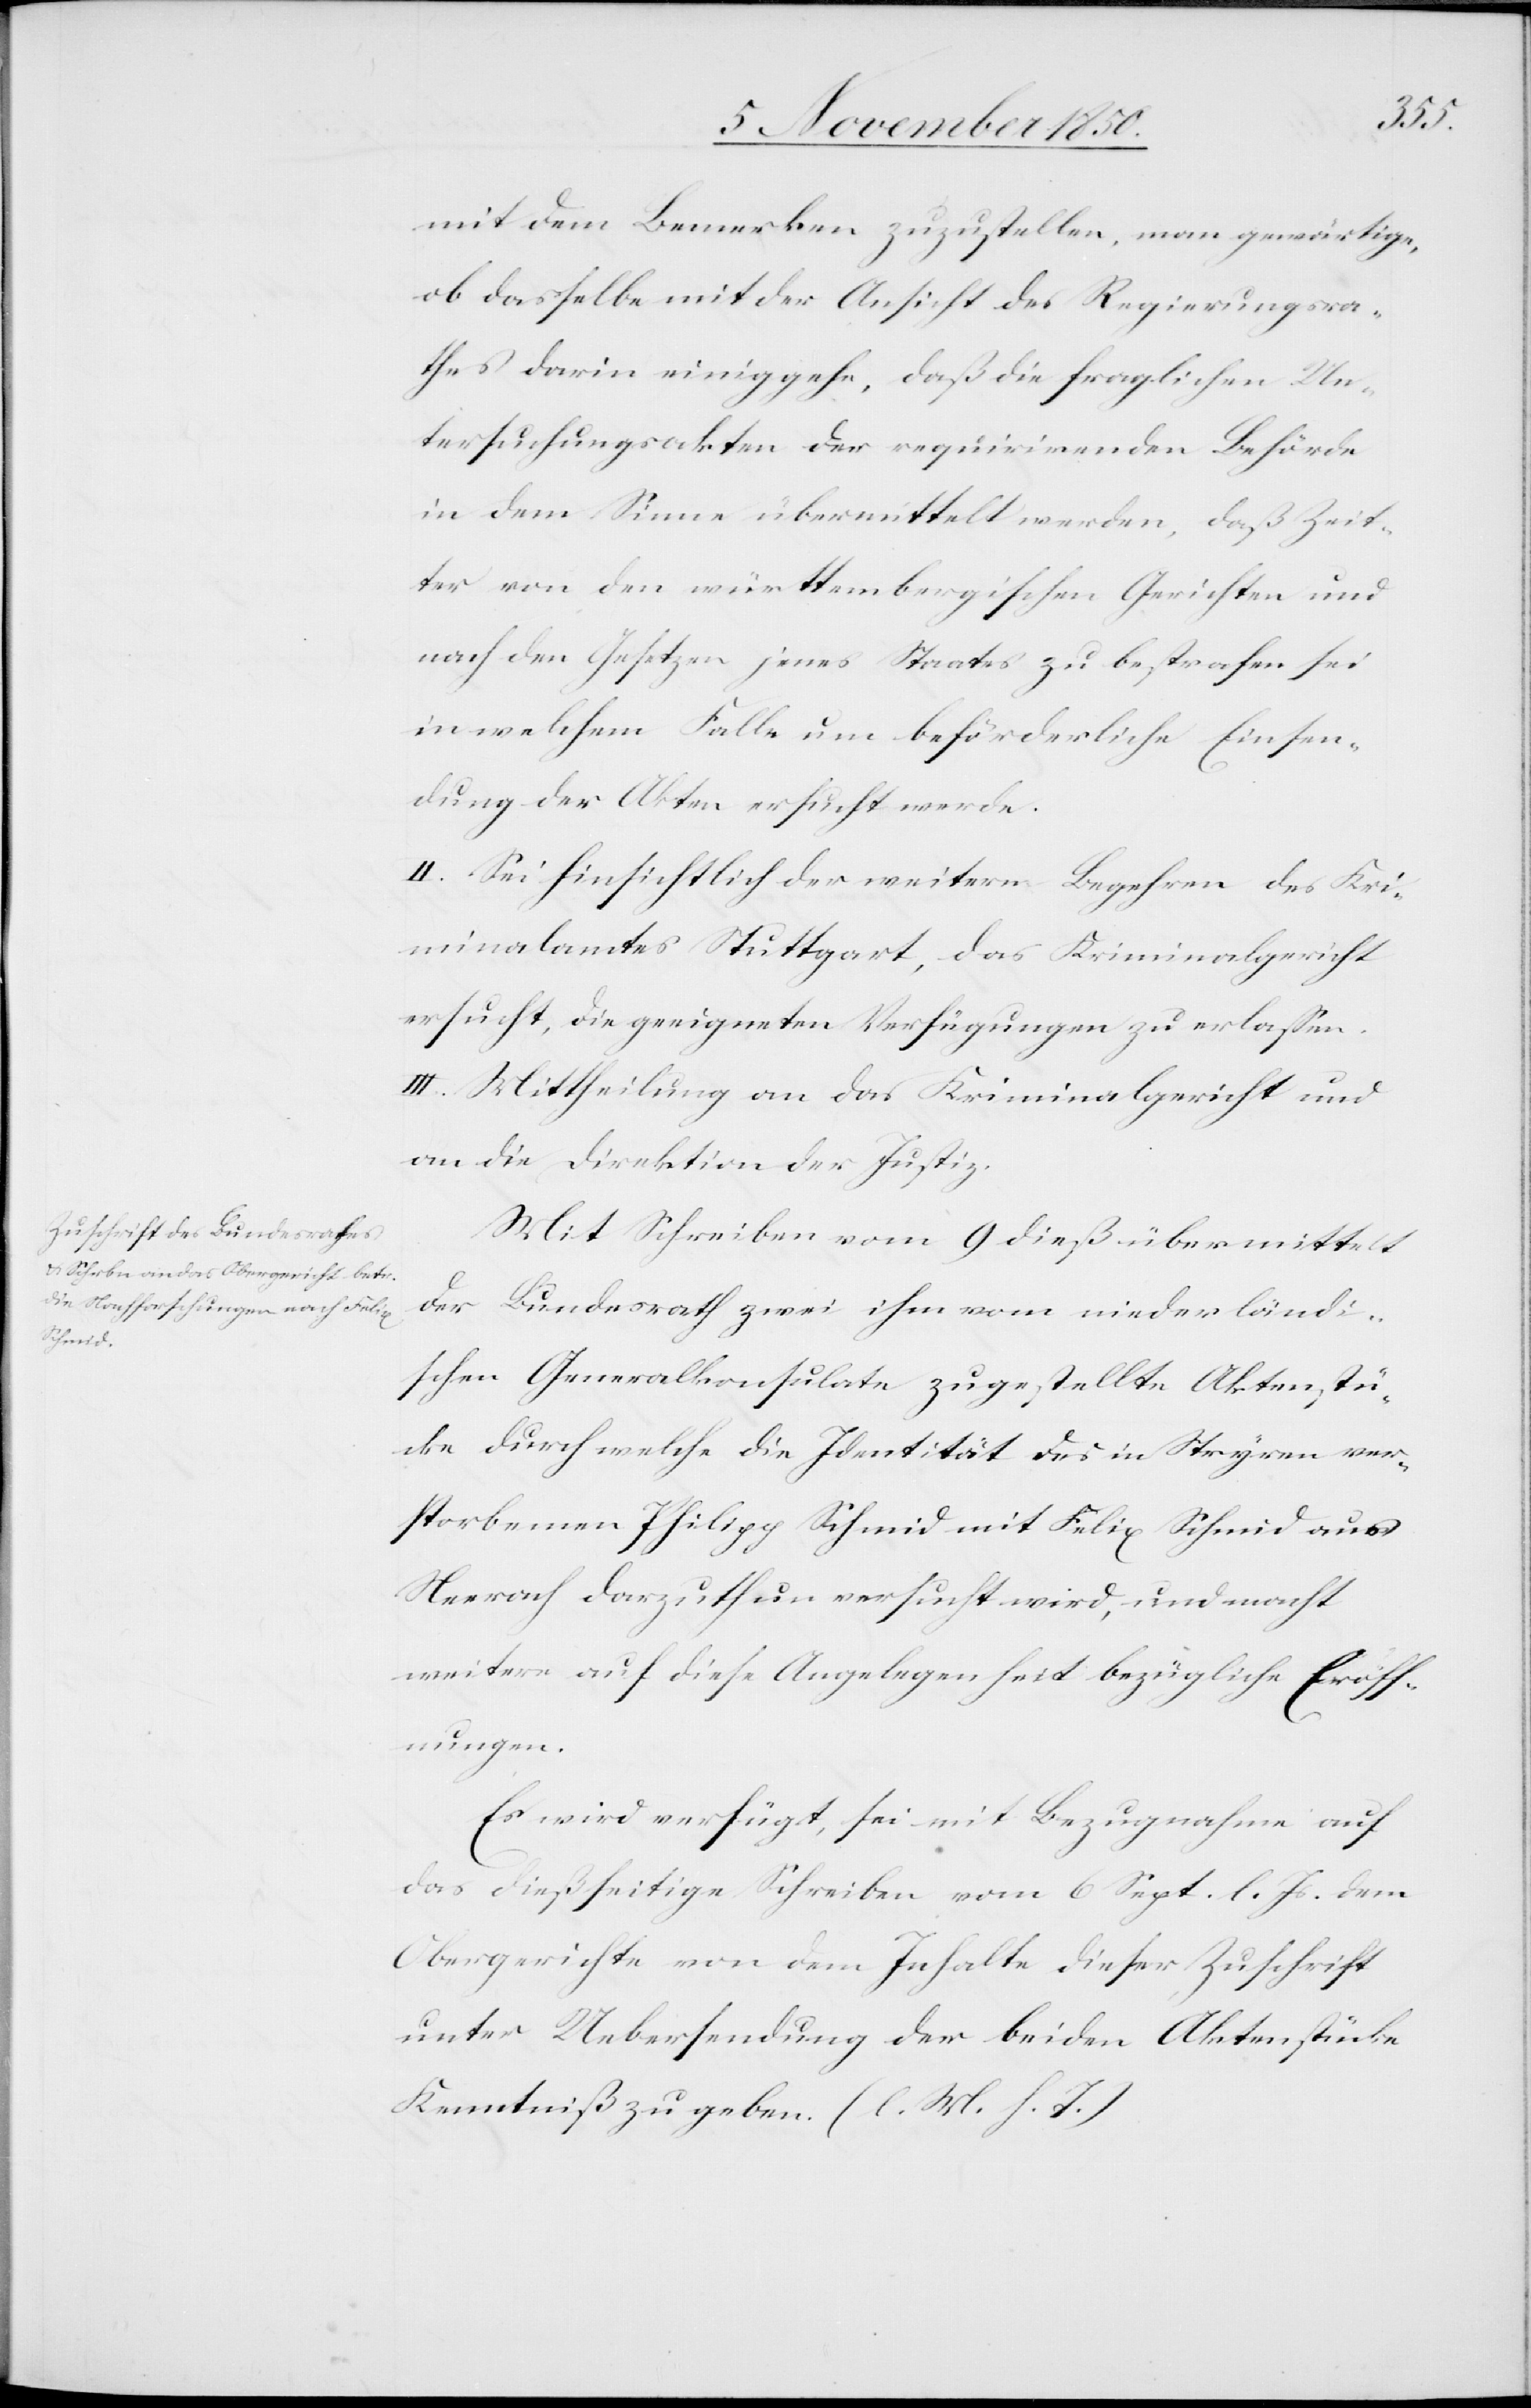
Actum,

den
mit dem Bemerken zuzustellen, man gewärtige,
ob dasselbe mit der Ansicht des Regierungsra¬
thes darin einiggehe, daß die fraglichen Un¬
tersuchungsakten der requirirenden Behörde
in dem Sinne übermittelt werden, daß Zeit¬
ter von den württembergischen Gerichten und
nach den Gesetzen jenes Staates zu bestrafen sei
in welchem Falle um beförderliche Einsen¬
dung der Akten ersucht werde.
II. Sei hinsichtlich der weitern Begehren des Kri¬
minalamtes Stuttgart, das Kriminalgericht
ersucht, die geeigneten Verfügungen zu erlassen.
III. Mittheilung an das Kriminalgericht und
an die Direktion der Justiz.
Mit Schreiben vom 9 dieß übermittelt
der Bundesrath zwei ihm vom niederländi¬
schen Generalkonsulate zugestellte Aktenstü¬
cke durch welche die Identität des in Stryren ver¬
storbenen Philipp Schmid mit Felix Schmid aus
Neerach darzuthun versucht wird, und macht
weitere auf diese Angelegenheit bezügliche Eröff¬
nungen.
Es wird verfügt, sei mit Bezugnahme auf
das dießseitige Schreiben vom 6 Sept. l. Js. dem
Obergerichte von dem Inhalte dieser Zuschrift
unter Uebersendung der beiden Aktenstücke
Kenntniß zu geben. (l. M. h. T.)